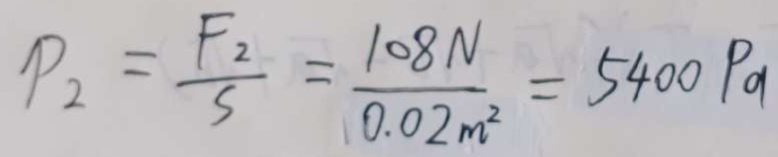
P _ { 2 } = \frac { F _ { 2 } } { S } = \frac { 1 0 8 N } { 0 . 0 2 m ^ { 2 } } = 5 4 0 0 P a